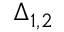
\Delta _ { 1 , 2 }